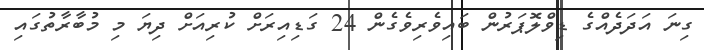
ގިނަ އަދަދެއްގެ ޑިވްލޮޕަރުން ބައިވެރިވެގެން 24 ގަޑިއިރަށް ކުރިއަށް ދިޔަ މި މުބާރާތުގައި